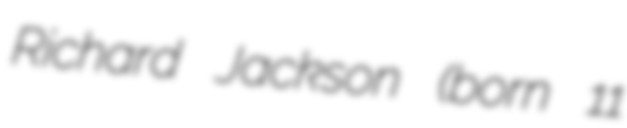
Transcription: Richard Jackson (born 11